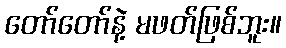
တော်တော်နဲ့ မဖတ်ဖြစ်ဘူး။